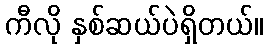
ကီလို နှစ်ဆယ်ပဲရှိတယ်။